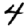
Digit: 4